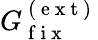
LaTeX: G_{\mathrm{~f~i~x~}}^{\mathrm{~(~e~x~t~)~}}